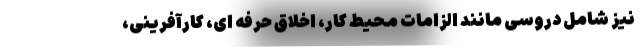
نیز شامل دروسی مانند الزامات محیط کار، اخلاق حرفه ای، کارآفرینی،